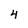
Character: 4